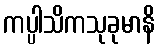
ကပ္ပါသိကသုခုမာနိ